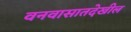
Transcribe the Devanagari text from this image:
वनवासातदेखील